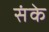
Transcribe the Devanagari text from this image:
संके